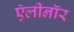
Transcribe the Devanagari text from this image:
ऍलीनॉर